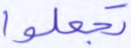
تجعلوا